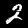
Label: 2